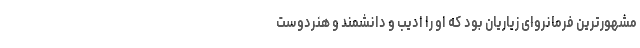
مشهورترین فرمانروای زیاریان بود که او را ادیب و دانشمند و هنردوست